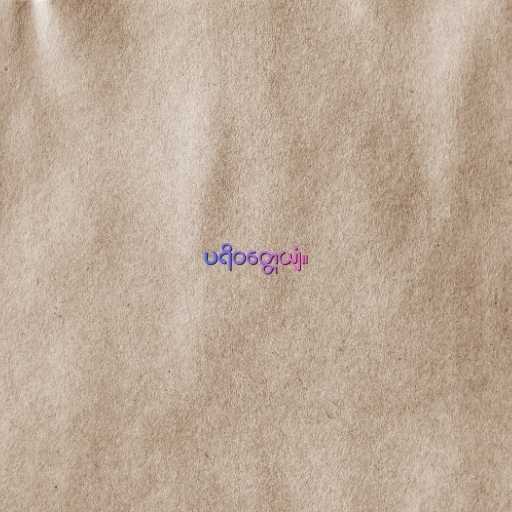
ပရိဝတ္တေယျံ။